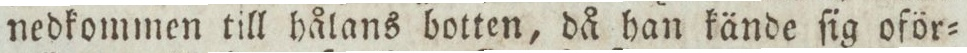
nedkommen till hålans botten, då han kände ſig oför=